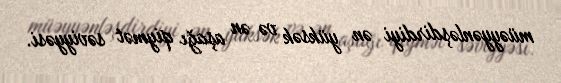
müəyyənləşdirdiyi ən yüksək və ən aşağı qiymət səviyyəsi.